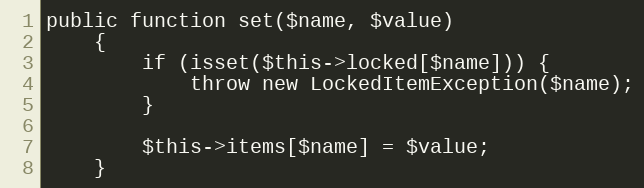
Language: PHP
public function set($name, $value)
    {
        if (isset($this->locked[$name])) {
            throw new LockedItemException($name);
        }

        $this->items[$name] = $value;
    }